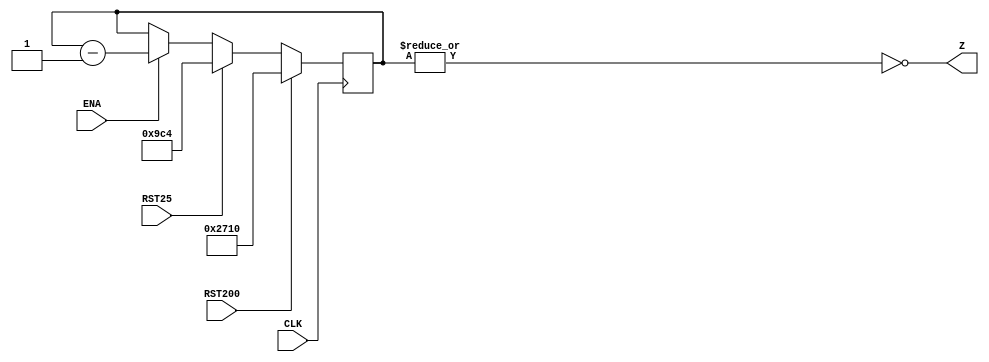
`timescale 1ns / 1ps

module ContadorDown50uEnaDown2(CLK,RST200,RST25,ENA,Z);
	input CLK,RST200,RST25,ENA;
	output wire Z;
	
	reg [13:0] R;
	
	always @(negedge CLK)
		if (RST200)
			R=14'h2710;
		else if (RST25)
			R=14'h09C4;
		else if (ENA)
			R=R-1;
		else
			R=R;
			
	assign Z=~|R;
	
endmodule